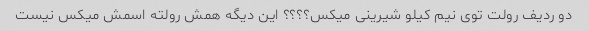
دو ردیف رولت توی نیم کیلو شیرینی میکس؟؟؟؟ این دیگه همش رولته اسمش میکس نیست